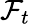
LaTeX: {\mathcal{F}}_{t}